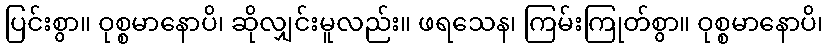
ပြင်းစွာ။ ဝုစ္စမာနောပိ၊ ဆိုလျှင်းမူလည်း။ ဖရသေန၊ ကြမ်းကြုတ်စွာ။ ဝုစ္စမာနောပိ၊